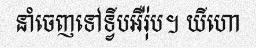
នាំចេញទៅទ្វីបអឺរ៉ុប។ យីហោ